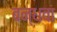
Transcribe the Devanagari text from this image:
बन्धवा